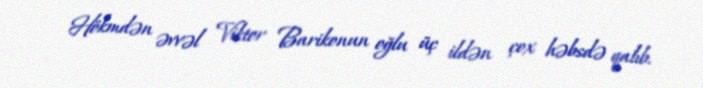
Hökmdən əvvəl Viktor Barikonun oğlu üç ildən çox həbsdə qalıb.